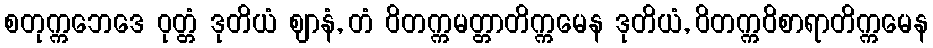
စတုက္ကဘေဒေ ဝုတ္တံ ဒုတိယံ ဈာနံ, တံ ဝိတက္ကမတ္တာတိက္ကမေန ဒုတိယံ, ဝိတက္ကဝိစာရာတိက္ကမေန